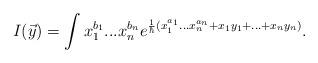
LaTeX: \begin{align*} I(\vec{y})=\int x_1^{b_1}...x_n^{b_n}e^{\frac{1}{\hbar}(x_1^{a_1}...x_n^{a_n}+x_1y_1+...+x_ny_n)}. \end{align*}